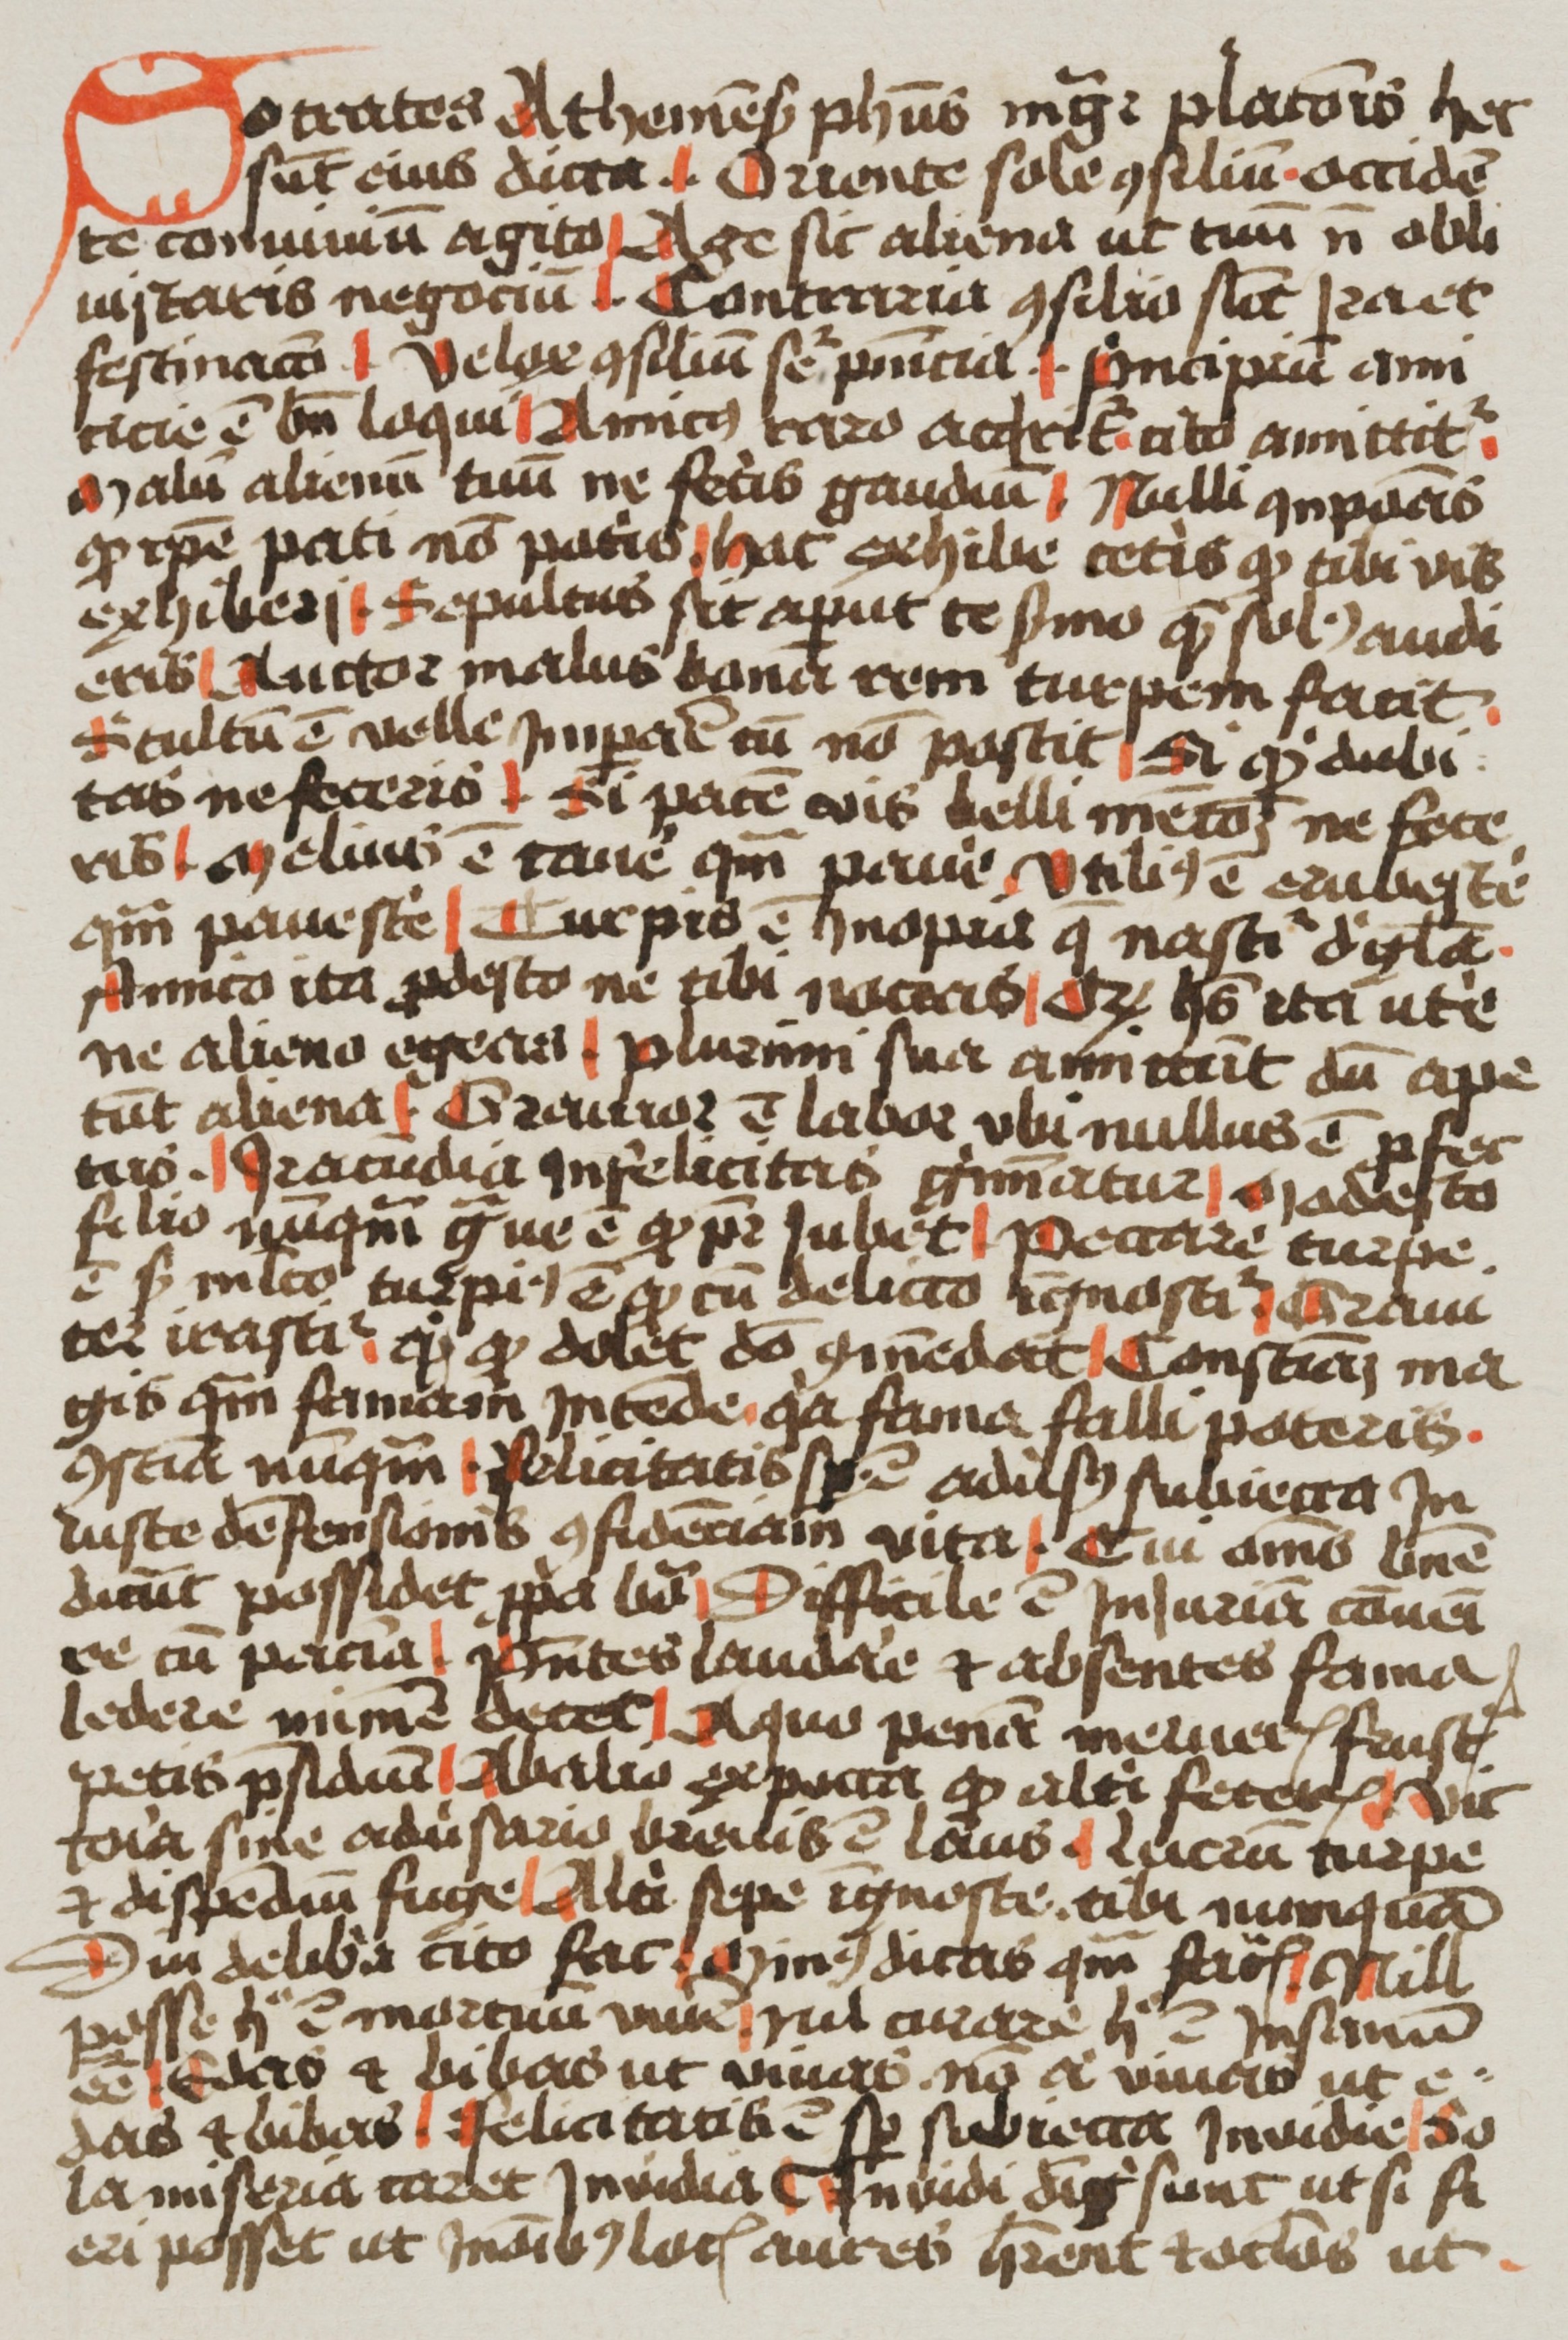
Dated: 1400–1499